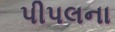
પીપલના